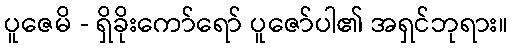
ပူဇေမိ - ရှိခိုးကော်ရော် ပူဇော်ပါ၏ အရှင်ဘုရား။